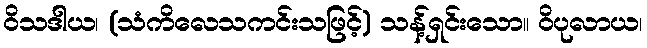
ဝိသဒါယ၊ (သံကိလေသကင်းသဖြင့်) သန့်ရှင်းသော။ ဝိပုလာယ၊